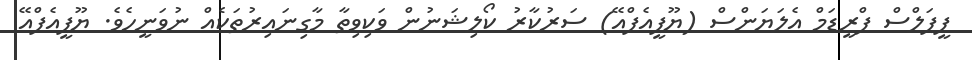
ޕީޕަލްސް ފްރީޑަމް އެލަޔަންސް (ޔޫޕީއެފްއޭ) ސަރުކާރު ކޯލިޝަނުން ވަކިވިތާ މާގިނައިރުތަކެއް ނުވަނީހެވެ. ޔޫޕީއެފްއޭ